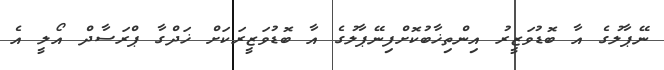
ނޭޕާލުގެ އާ ބޮޑުވަޒީރު އިންތިޚާބުކޮށްފިނޭޕާލުގެ އާ ބޮޑުވަޒީރަކަށް ޚަދްގާ ޕްރަސާދް އޯލީ އެ